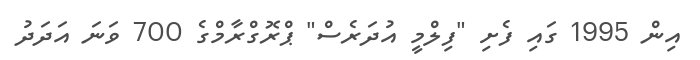
އިން 1995 ގައި ފެށި "ފިލްމީ އުދަރެސް" ޕްރޮގްރާމްގެ 700 ވަނަ އަދަދު